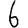
Digit: 6